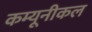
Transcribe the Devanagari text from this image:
कम्यूनीकल